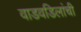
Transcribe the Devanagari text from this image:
वाडवडिलांची